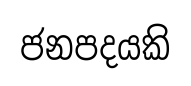
ජනපදයකි